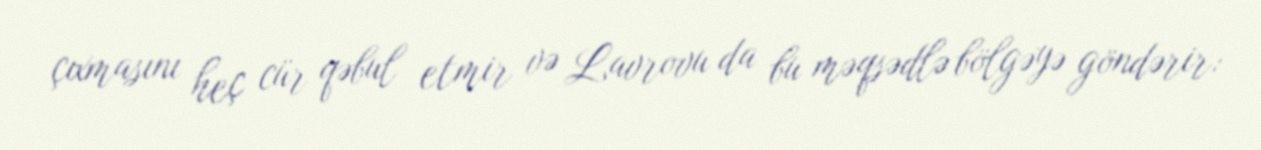
çıxmasını heç cür qəbul etmir və Lavrovu da bu məqsədlə bölgəyə göndərir: